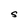
Character: S